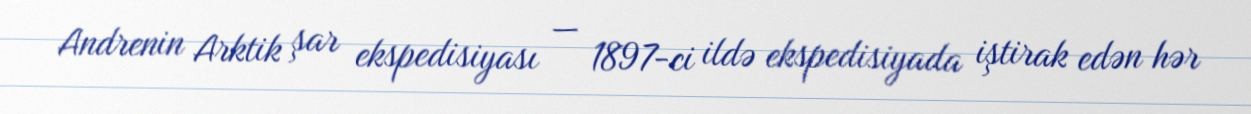
Andrenin Arktik şar ekspedisiyası — 1897-ci ildə ekspedisiyada iştirak edən hər